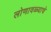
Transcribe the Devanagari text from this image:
लोणावळ्याचे